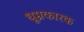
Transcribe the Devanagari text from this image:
धूम्रकारक